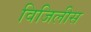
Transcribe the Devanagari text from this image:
विजिलीस